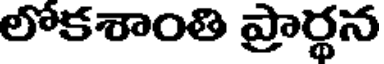
లోకశాంతి ప్రార్థన